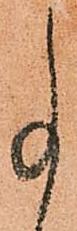
事